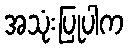
အသုံးပြုပါက